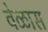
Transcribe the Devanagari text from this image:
वेळास